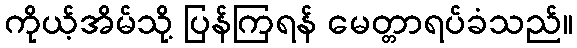
ကိုယ့်အိမ်သို့ ပြန်ကြရန် မေတ္တာရပ်ခံသည်။